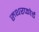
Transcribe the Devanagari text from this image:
रुथरफोर्ड